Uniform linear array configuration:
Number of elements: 48
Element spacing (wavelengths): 0.25
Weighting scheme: blackman
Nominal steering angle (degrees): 45
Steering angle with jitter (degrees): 43.09
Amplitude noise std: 0.05
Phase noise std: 0.05

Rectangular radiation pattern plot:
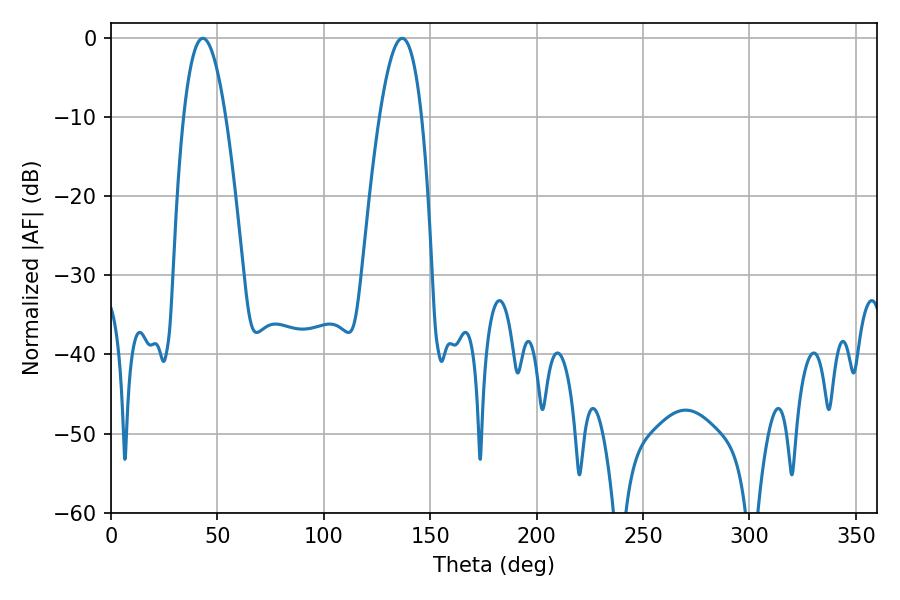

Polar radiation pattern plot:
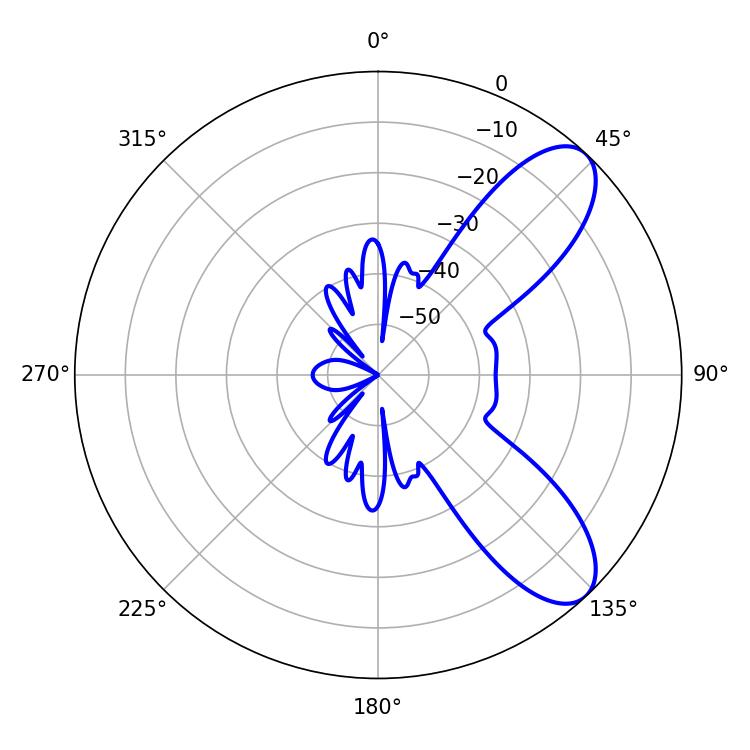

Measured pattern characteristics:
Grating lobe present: FALSE
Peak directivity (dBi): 8.53
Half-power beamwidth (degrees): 10.8
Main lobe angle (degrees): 136.8